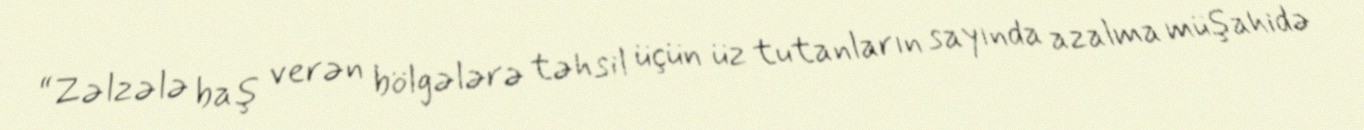
“Zəlzələ baş verən bölgələrə təhsil üçün üz tutanların sayında azalma müşahidə